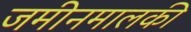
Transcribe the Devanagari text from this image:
जमीनमालकी